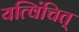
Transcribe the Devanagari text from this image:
यत्विंचित्